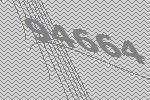
94664